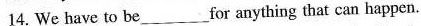
14. We have to be ___ for anything that can happen.